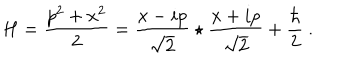
LaTeX: H = { \frac { p ^ { 2 } + x ^ { 2 } } { 2 } } = \frac { x - i p } { \sqrt { 2 } } \star \frac { x + i p } { \sqrt { 2 } } + { \frac { \hbar } { 2 } } ~ .